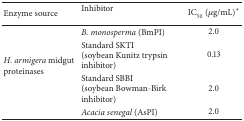
<table><thead><tr><td><b>Enzyme source </b></td><td><b>Inhibitor</b></td><td><b>IC<sub>50</sub> (μg/mL)*</b></td></tr></thead><tbody><tr><td rowspan="4"><i>H. armigera</i> midgut proteinases</td><td><i>B. monosperma</i> (BmPI)</td><td>2.0</td></tr><tr><td>Standard SKTI (soybean Kunitz trypsin inhibitor)</td><td>0.13 </td></tr><tr><td>Standard SBBI (soybean Bowman-Birk inhibitor)</td><td>2.0</td></tr><tr><td><i>Acacia senegal</i> (AsPI)</td><td>2.0</td></tr></tbody></table>